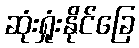
ဆုံးရှုံးနိုင်ခြေ